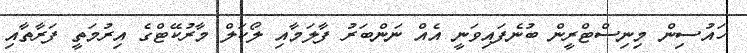
ހައުސިން މިނިސްޓްރީން ބުނެފައިވަނީ އެއް ނަންބަރު ފާލަމާއި ލޯކަލް މާރުކޭޓްގެ އިރުމަތީ ފަރާތާއި